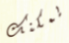
يمكنك